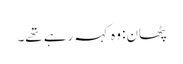
پٹھان: وہ کہہ رہے تھے۔